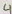
Text: 4